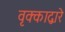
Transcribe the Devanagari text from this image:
वृक्काद्वारे